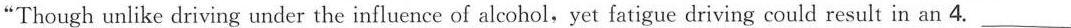
"Though unlike driving under the influence of alcohol,yet fatigue driving could result in an 4. ___